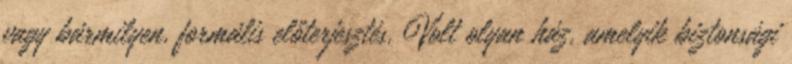
vagy bármilyen, formális előterjesztés. Volt olyan ház, amelyik biztonsági